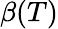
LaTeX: \beta(T)